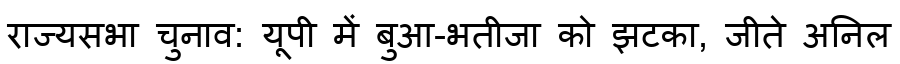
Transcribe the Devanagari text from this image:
राज्यसभा चुनाव: यूपी में बुआ-भतीजा को झटका, जीते अनिल